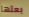
بعتها